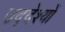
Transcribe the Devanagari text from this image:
उद्‌देश्यों